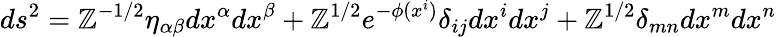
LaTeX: ds^{2}=\mathbb{Z}^{-1/2}\eta_{\alpha\beta}dx^{\alpha}dx^{\beta}+\mathbb{Z}^{1/2}e^{-\phi(x^{i})}\delta_{ij}dx^{i}dx^{j}+\mathbb{Z}^{1/2}\delta_{mn}dx^{m}dx^{n}